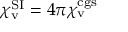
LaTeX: \chi _ { \mathrm { v } } ^ { \mathrm { S I } } = 4 \pi \chi _ { \mathrm { v } } ^ { \mathrm { c g s } }